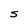
Character: S